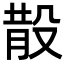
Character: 𣪚